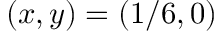
\left( x , y \right) = \left( 1 / 6 , 0 \right)